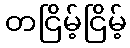
တငြိမ့်ငြိမ့်